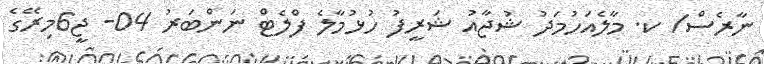
ނާރެސް/ ކ. މާލެއަހުމަދު ޝުޖާއު ޝަރީފު ހުޅުމާލެ ފްލެޓް ނަންބަރު 04- ޖީ6މިރޭގެ